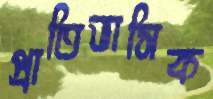
প্রাতিভাসিক